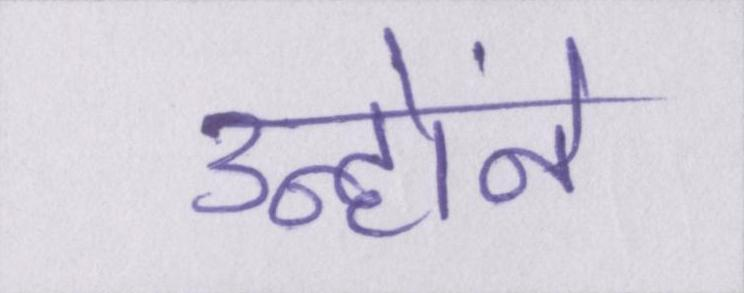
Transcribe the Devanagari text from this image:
उन्होंने